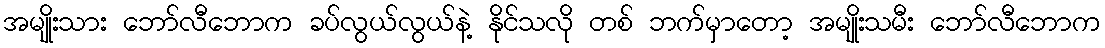
အမျိုးသား ဘော်လီဘောက ခပ်လွယ်လွယ်နဲ့ နိုင်သလို တစ် ဘက်မှာတော့ အမျိုးသမီး ဘော်လီဘောက